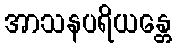
အာသနပရိယန္တေ